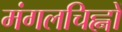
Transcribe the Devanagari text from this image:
मंगलचिह्नों